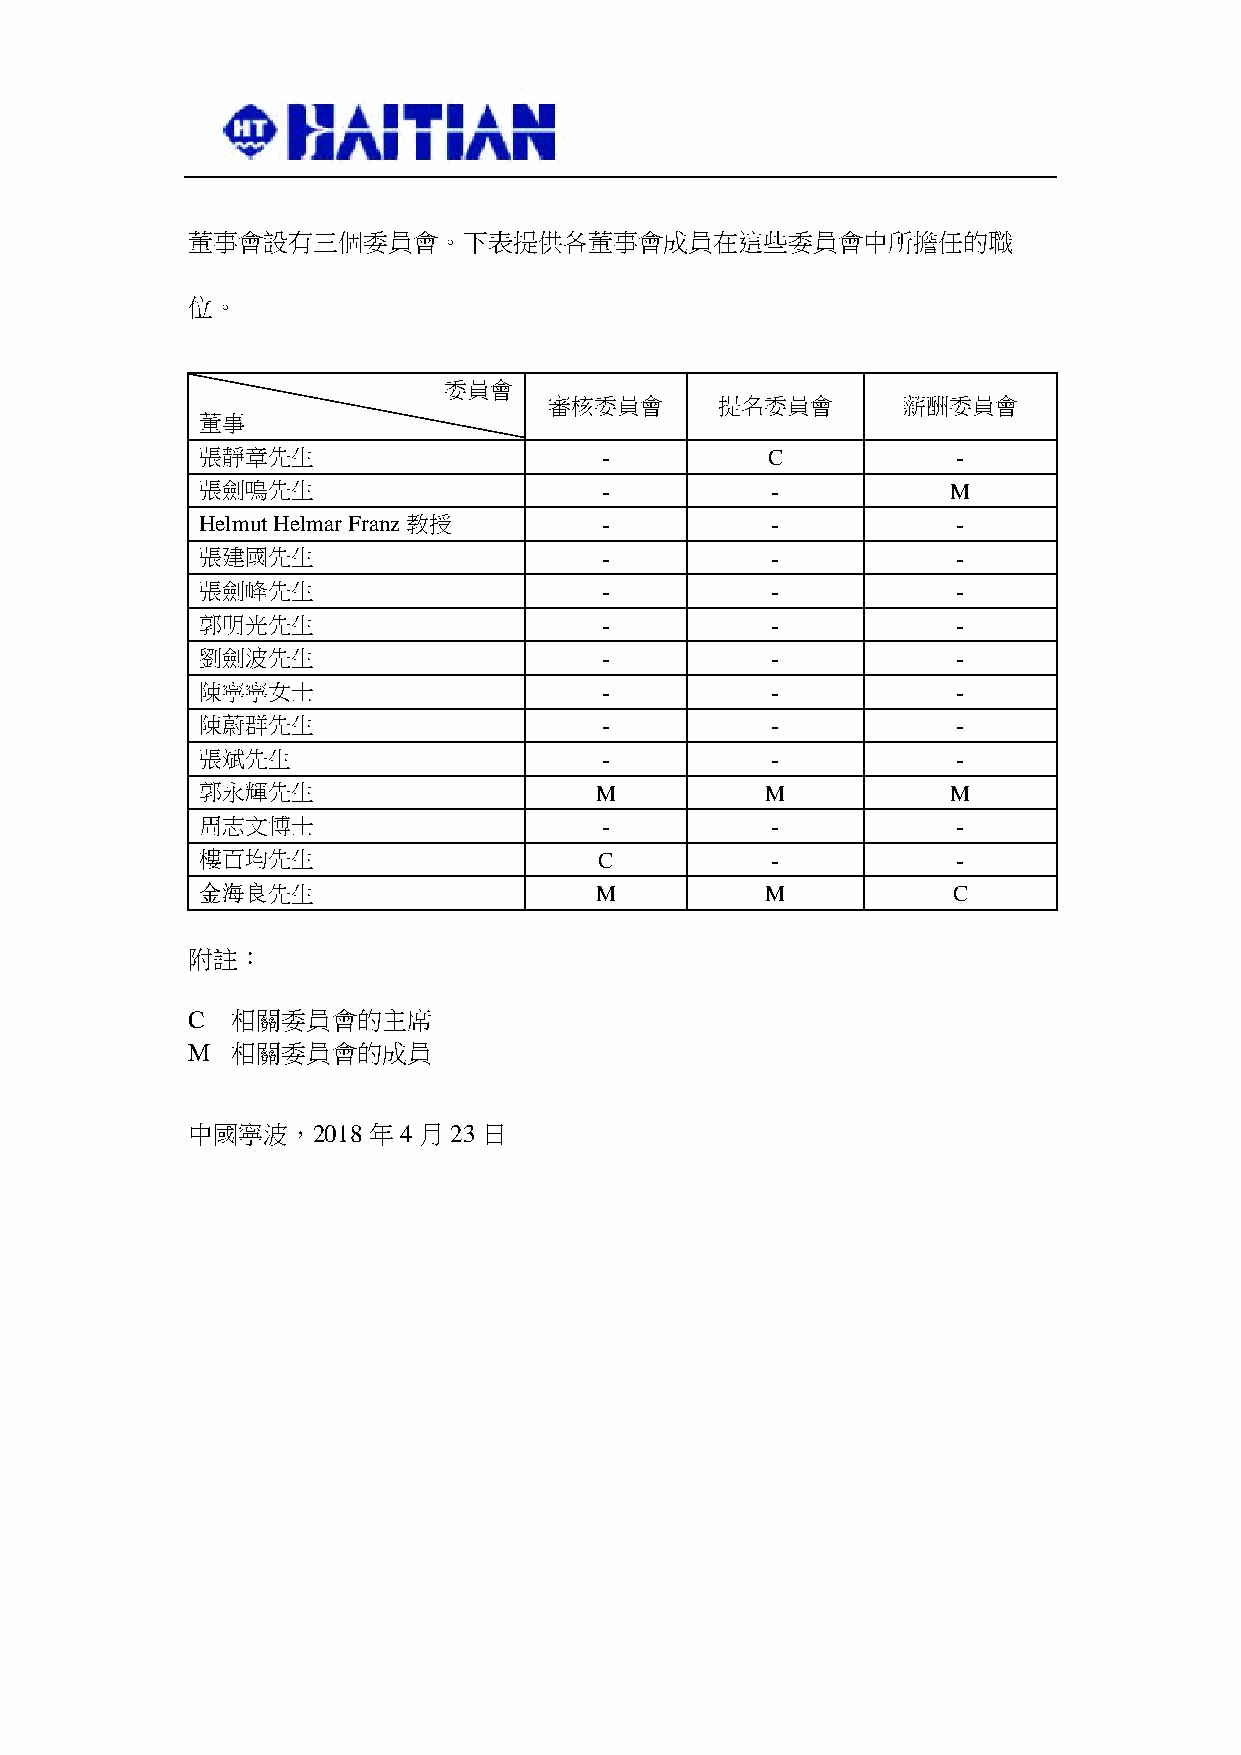
董事會設有三個委員會。下表提供各董事會成員在這些委員會中所擔任的職
 位。
 委員會
 審核委員會       提名委員會       薪酬委員會
 董事
 張靜章先生                      -          C           -
 張劍鳴先生                      -          -           M
 Helmut Helmar Franz教授      -          -           -
 張建國先生                      -          -           -
 張劍峰先生                      -          -           -
 郭明光先生                      -          -           -
 劉劍波先生                      -          -           -
 陳寧寧女士                      -          -           -
 陳蔚群先生                      -          -           -
 張斌先生                       -          -           -
 郭永輝先生                     M           M           M
 周志文博士                      -          -           -
 樓百均先生                      C          -           -
 金海良先生                     M           M           C
 附註：
 C  相關委員會的主席
 M  相關委員會的成員
 中國寧波，2018年4月23日